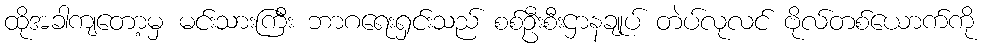
ထိုအခါကျတော့မှ မင်းသားကြီး ဘာဂရေးရှင်းသည် စစ်ဦးစီးဌာနချုပ် တဲပ်လုလင် ဗိုလ်တစ်ယောက်ကို